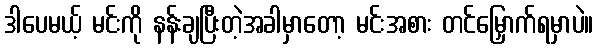
ဒါပေမယ့် မင်းကို နန်းချပြီးတဲ့အခါမှာတော့ မင်းအစား တင်မြှောက်ရမှာပဲ။